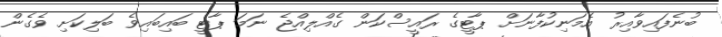
ބުނެފައިވާއިރު އެމަނިކުފާނަށް ޕާޓީގެ ރައީސްކަން ގެއްލިއްޖެ ނަމަ ޕާޓީ ބައިބައިވެ ބަލިކަށި ވެގެން